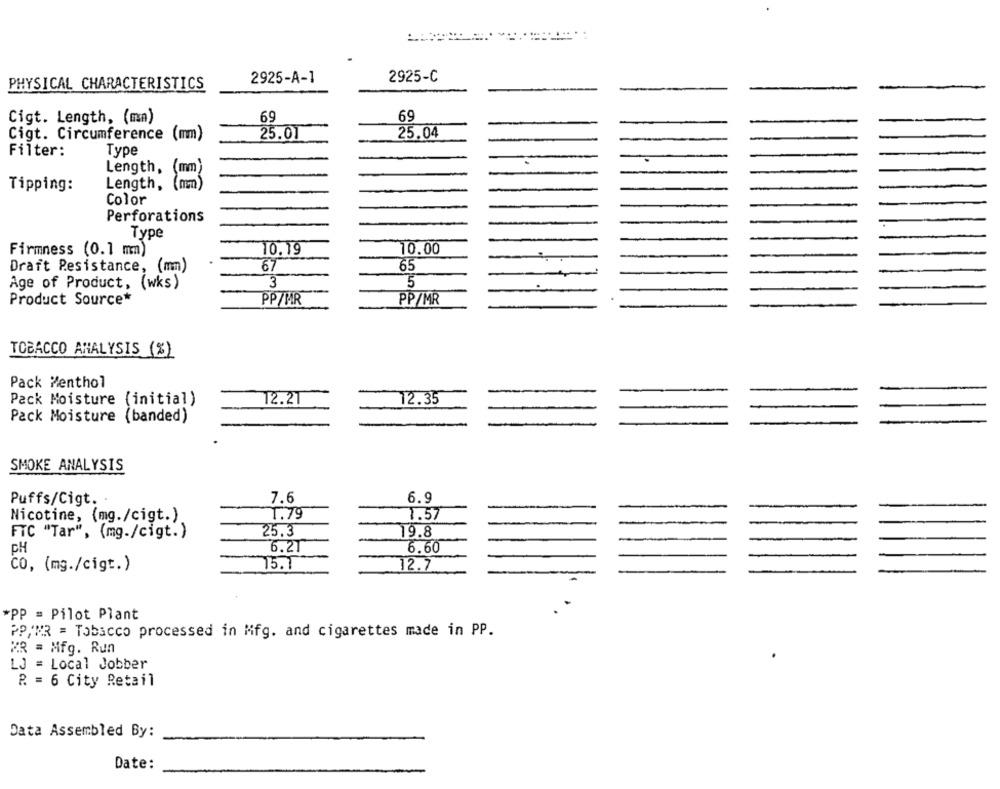
2925-A-1
2925-C
PHYSICAL CHARACTERISTICS
69
69
Cigt. Length, (mn)
Cigt. Circumference (mm)
25.01
25.04
Filter:
Type
Length,
mm
Tipping:
Length,
Color
Perforations
Type
Firmness (0.1 mm)
10.19
10.00
Draft Resistance, (mm)
67
65
Age of Product, (wks)
3
5
Product Source*
PP/MR
PP/MR
TOBACCO ANALYSIS (%)
Pack Menthol
Pack Moisture (initial)
12.27
12.35
Pack Moisture (banded)
SMOKE ANALYSIS
Puffs/Cigt.
7.6
6.9
Nicotine, (mg./cigt.)
1.79
1.57
FTC "Tar", (mg./cigt.)
25.3
19.8
CH
6.21
6.60
CO, (mg./cigt.)
75.1
12.7
*PP = Pilot Plant
PP,NR = Tobacco processed in Mfg. and cigarettes made in PP.
MR = Mfg. Run
LJ = Local Jobber
P. = 6 City Retail
Data Assembled By:
Date: